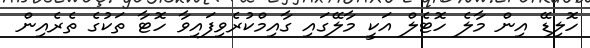
ހޮލިޑޭ އިން މާލެ ހޮޓެލް އަކީ މާލޭގައި ގާއިމްކުރެވިފައިވާ ހޮޓާ ތަކުގެ ތެރެއިން